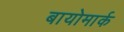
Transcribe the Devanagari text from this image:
बायोमार्क